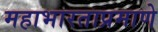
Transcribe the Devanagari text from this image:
महाभारताप्रमाणे